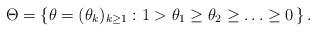
LaTeX: \begin{align*}\Theta = \left\lbrace \theta = (\theta_k)_{k\geq 1} : 1 > \theta_1 \geq \theta_2 \geq \ldots \geq 0\, \right\rbrace. \end{align*}